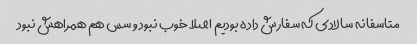
متاسفانه سالادی که سفارش داده بودیم اصلا خوب نبود و سس هم همراهش نبود